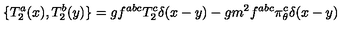
\{ T _ { 2 } ^ { a } ( x ) , T _ { 2 } ^ { b } ( y ) \} = g f ^ { a b c } T _ { 2 } ^ { c } \delta ( x - y ) - g m ^ { 2 } f ^ { a b c } \pi _ { \theta } ^ { c } \delta ( x - y )